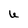
Character: U